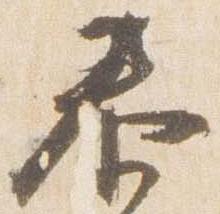
泰